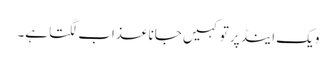
ویک اینڈ پر تو کہیں جانا عذاب لگتا ہے۔